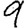
Digit: 9